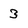
Character: 3